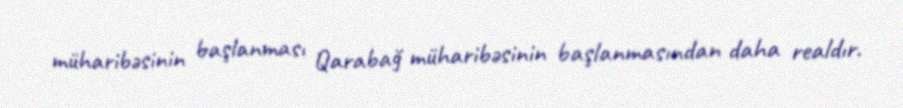
müharibəsinin başlanması Qarabağ müharibəsinin başlanmasından daha realdır.